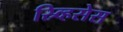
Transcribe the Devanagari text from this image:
स्र्व्हिसेस